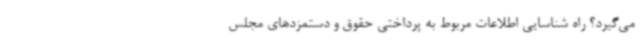
می‌گیرد؟ راه شناسایی اطلاعات مربوط به پرداختی حقوق و دستمزدهای مجلس